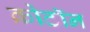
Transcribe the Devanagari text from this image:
क्रोटॉन